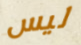
ليس